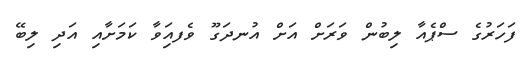
ފަހަރުގެ ސްޕެއާ ލިބުން ވަރަށް އަށް އުނދަގޫ ވެފއަިވާ ކަމަށާއި އަދި ލިބޭ